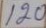
120